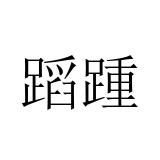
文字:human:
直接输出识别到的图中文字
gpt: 蹈踵